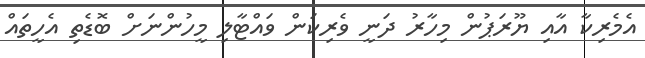
އެމެރިކާ އާއި ޔޫރަޕުން މިހާރު ދަނީ ވެރިކަން ވައްޓާލި މީހުންނަށް ބޮޑެތި އެހީތައް